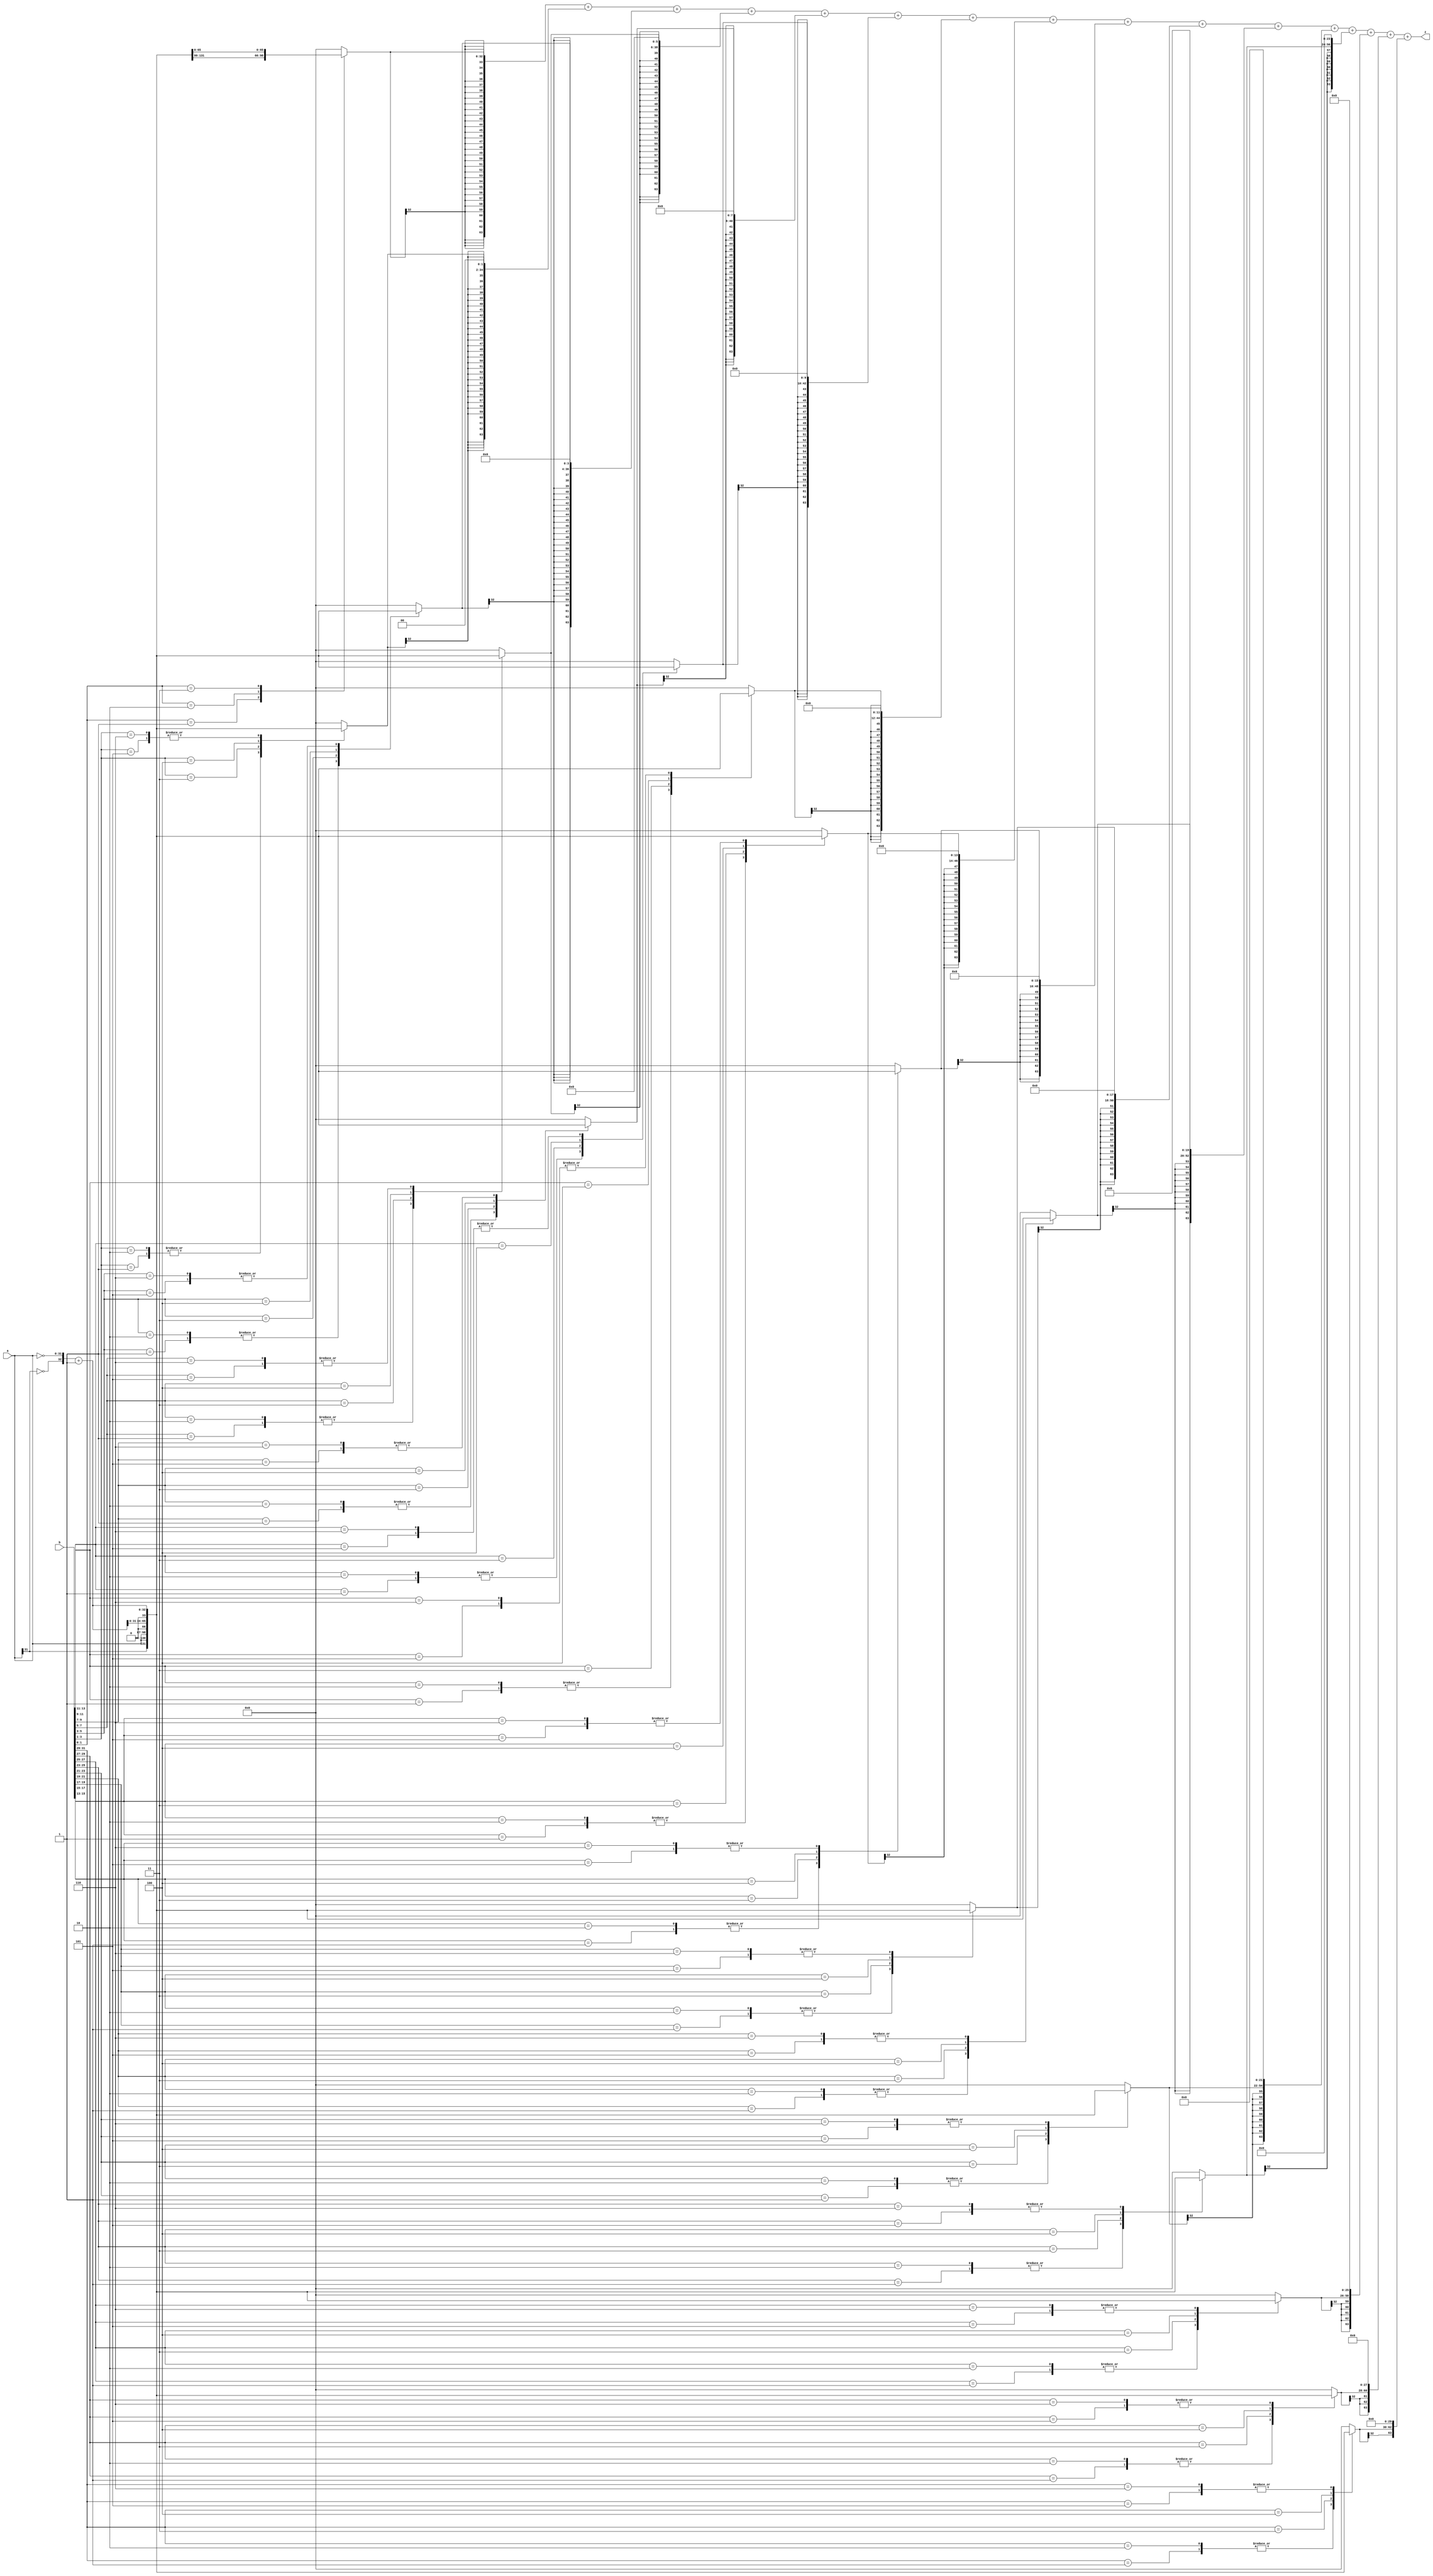
module mul_32_bit(input signed [31:0] a, b, output[32*2-1:0] z);
	reg [2:0] cc[(32 / 2) - 1:0];
	reg [32:0] pp[(32 / 2) - 1:0];
	reg[32*2-1:0] spp[(32 / 2) - 1:0];
	
	reg [32*2-1:0] product;
	
	integer j,i;
	
	wire [32:0] inv_a;
	assign inv_a = {~a[31], ~a} +1;
	
	always @ (a or b or inv_a) 
	begin
		cc[0] = {b[1], b[0], 1'b0};
		
		for (j=1; j < (32/2); j = j+1)
			cc[j] = {b[2*j+1], b[2*j], b[2*j-1]};
			
		for (j=0; j < (32/2); j = j+1) 
		begin	
			case(cc[j])
				3'b001 : pp[j] = {a[32-1], a}; 
				3'b010 : pp[j] = {a[32-1], a};
				3'b011 : pp[j] = {a, 1'b0};
				3'b100 : pp[j] = {inv_a[32-1:0], 1'b0};
				3'b101 : pp[j] = inv_a; 
				3'b110 : pp[j] = inv_a;
				default : pp[j] = 0;
			endcase
			spp[j] = $signed(pp[j]);
			
			for (i=0 ; i<j ; i = i + 1)
				spp[j] = {spp[j], 2'b00};
		end
	
		product = spp[0];
	
		for (j=1; j < (32/2); j = j+1)
			product = product + spp[j];
	end
	assign z = product;	
endmodule